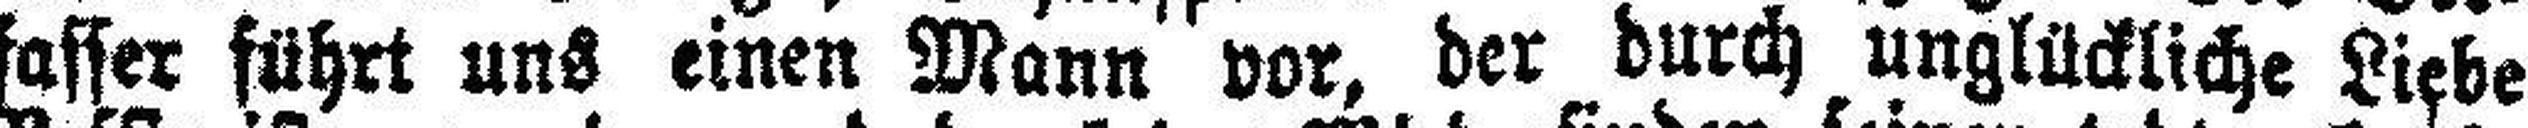
fasser führt uns einen Mann vor, der durch unglückliche Liebe